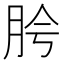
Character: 𬚵